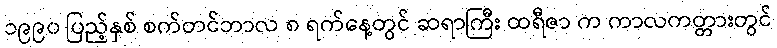
၁၉၉၀ ပြည့်နှစ် စက်တင်ဘာလ ၈ ရက်နေ့တွင် ဆရာကြီး ထရီဇာ က ကာလကတ္တားတွင်